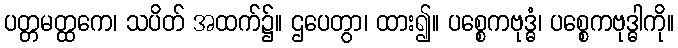
ပတ္တမတ္ထကေ၊ သပိတ် အထက်၌။ ဌပေတွာ၊ ထား၍။ ပစ္စေကဗုဒ္ဓံ၊ ပစ္စေကဗုဒ္ဓါကို။